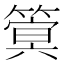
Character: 䈿